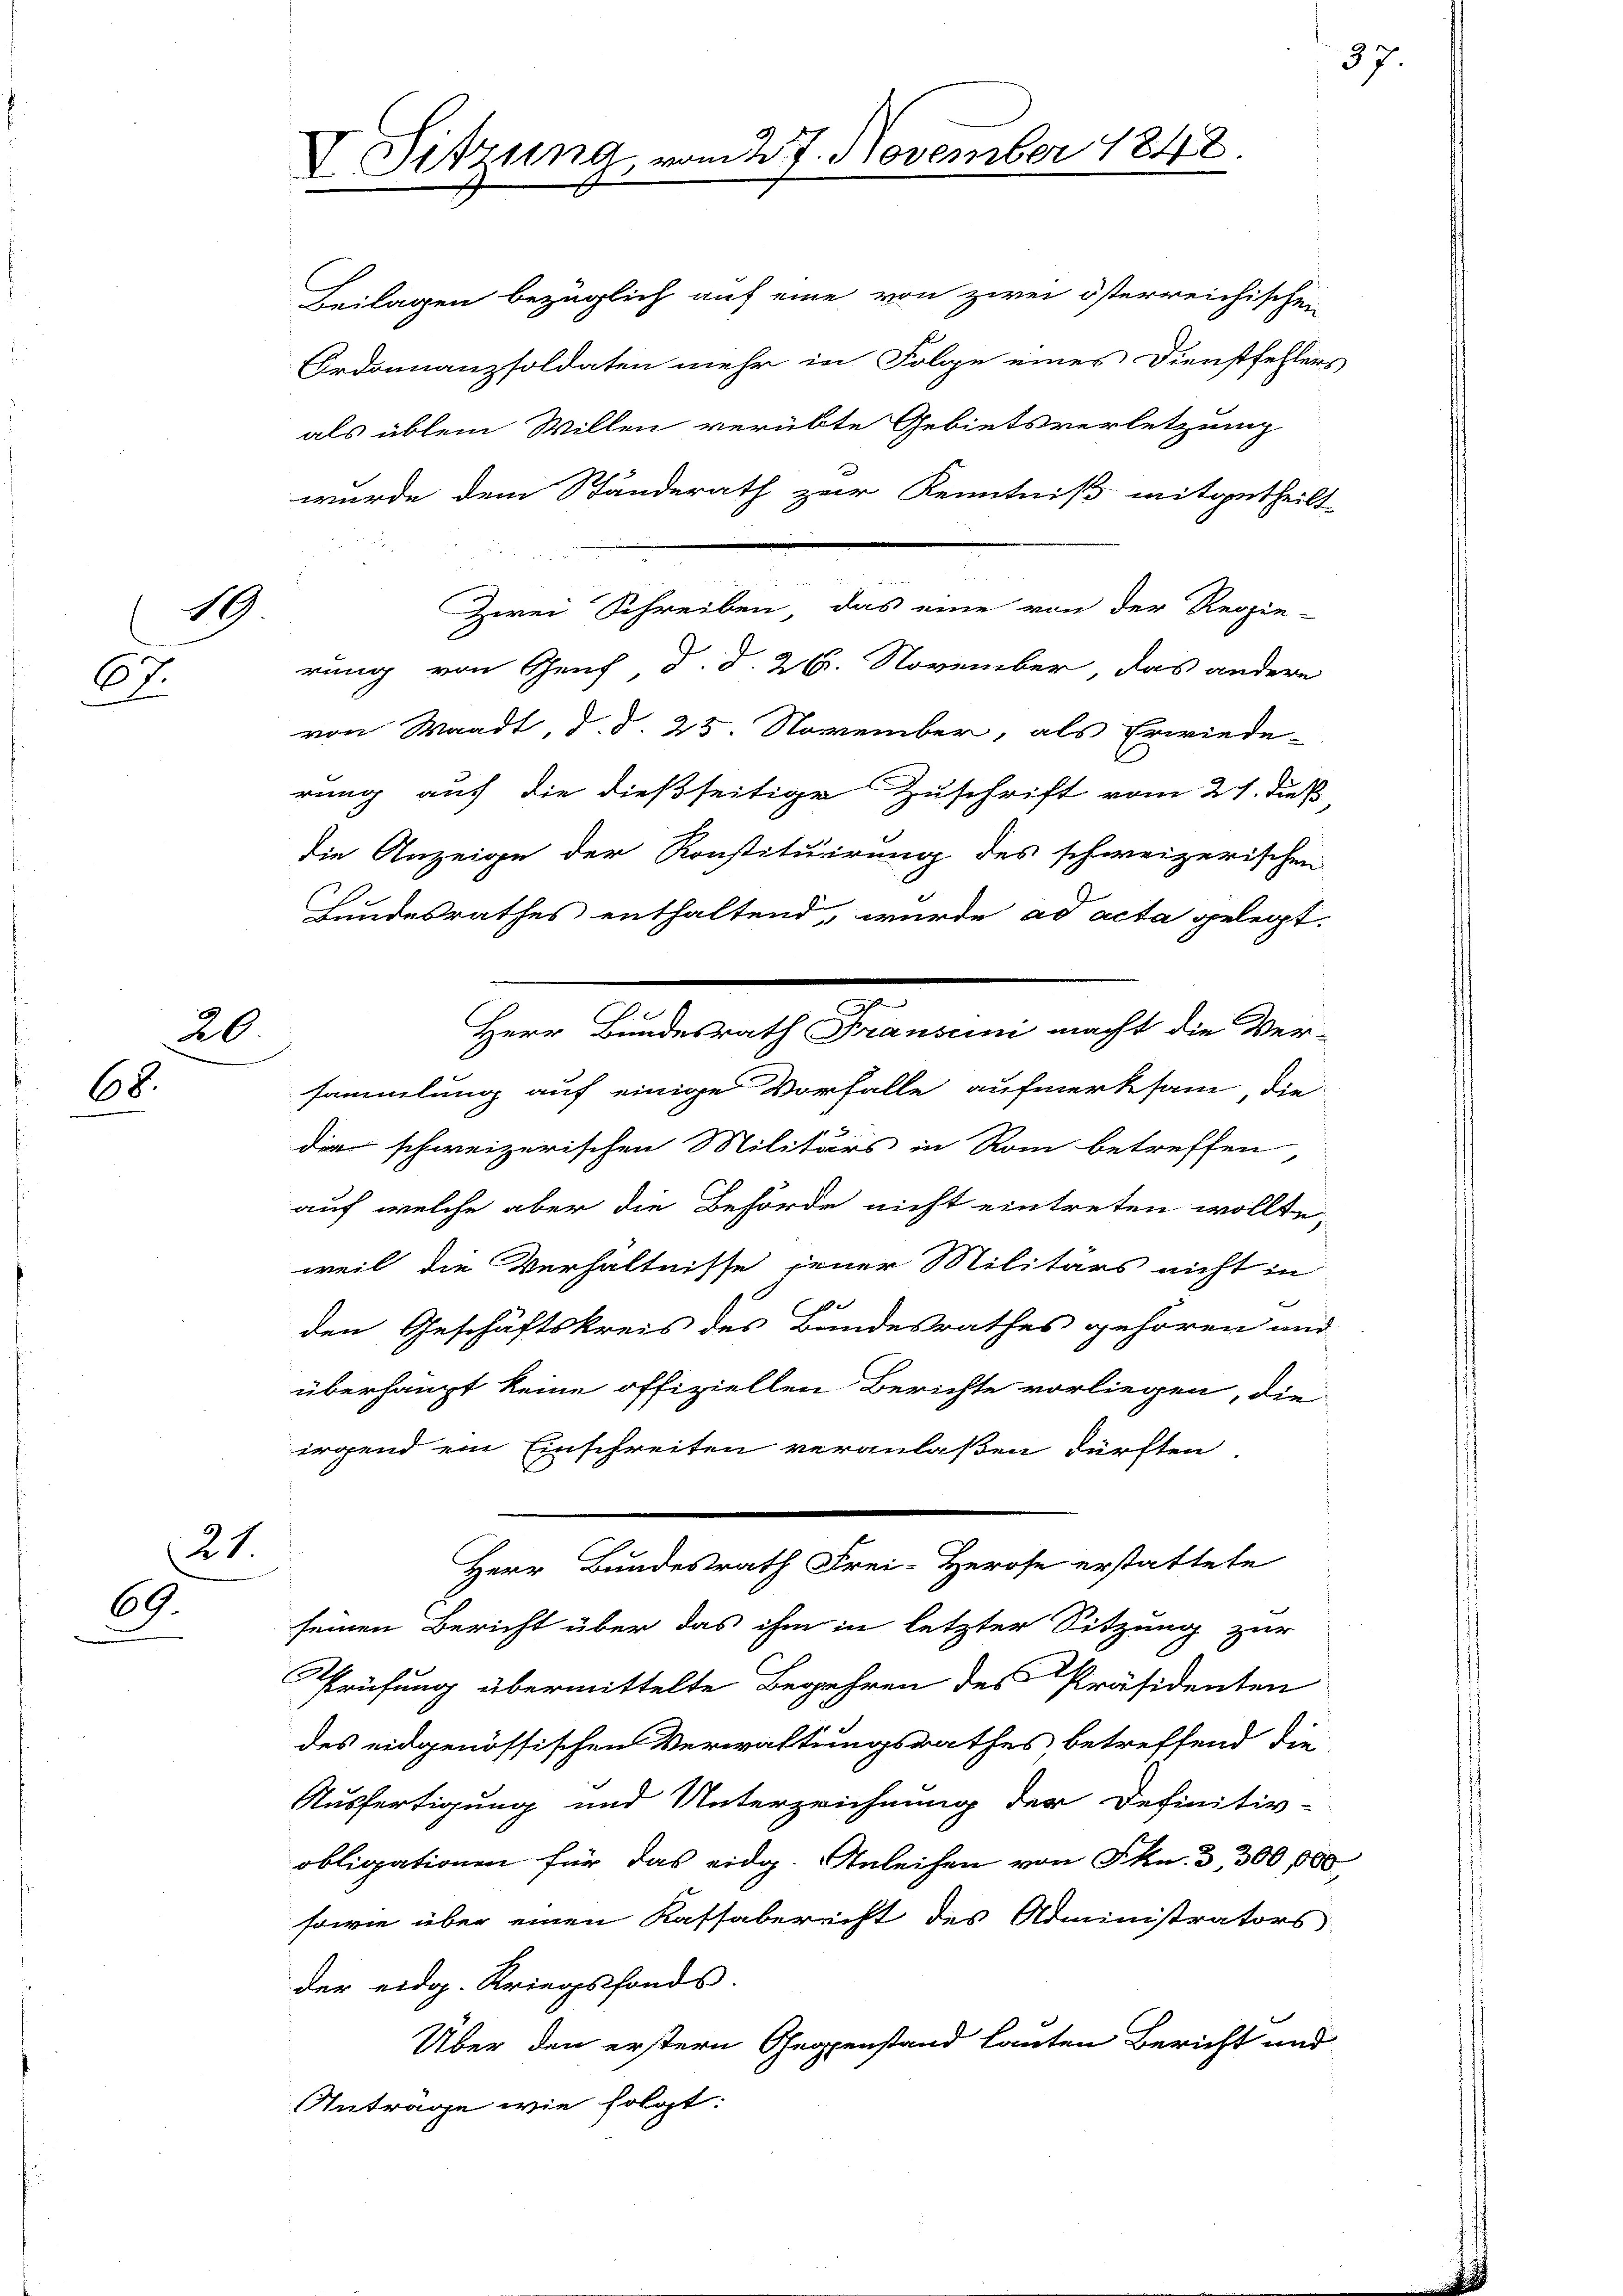
19
67
g

20.
68.

21
69

V Sitzung vom 27. November 1848.

Beilagen bezüglich auf eine von zwei österreichischen
Ordonnanzsoldaten mehr in Folge eines Dienstfehler-
als üblem Willen verübte Gebietsverletzung
wurde dem Standerath zur Kenntniß mitgetheilt

Zwei Schreiben, das eine von der Regie-
rung von Genf, d. d. 26. November, das andere
von Waadt, d. d. 25. November, als Erwiede-
rung auf die dießseitige Zuschrift vom 21. Fuß,
die Anzeige der Konstituirung des schweizerischen
Bundesrathes enthaltend, wurde ad acta gelegt.
sammlung auf einige Vorfalle aufmerksam die
die schweizerischen Militärs in Rom betreffen
auf welche aber die Behörde nicht eintreten wollte,
weil die Verhältnisse jener Militärs nicht in
den Geschäftskreis des Bundesrathes gehören und
überhaupt keine offiziellen Berichte vorliegen, die
irgend ein Einschreiten veranlaßen dürften.
Herr Bundesrath Frei-Herose erstattete
seinen Bericht über das ihm in letzter Sitzung zur
Prüfung übermittelte Begehren des Präsidenten
des eidgenössischen Verwaltungsrathes, betreffend die
Ausfertigung und Unterzeichnung der Definitiv-
obligationen für das eidg. Anleihen von Fkn. 3, 300 00
sowie über einen Kassaberricht des Administrators
der eidg. Kriegsfonds.
Über den erstern Gegenstand lauten Bericht und
Antrage wie folgt:

¬
e
u
Herr Bundesrath Fransuni macht die Ver-

37

.